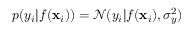
p ( y _ { i } | f ( \mathbf { x } _ { i } ) ) = \mathcal { N } ( y _ { i } | f ( \mathbf { x } _ { i } ) , \sigma _ { y } ^ { 2 } )